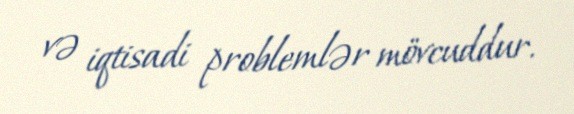
və iqtisadi problemlər mövcuddur.